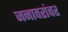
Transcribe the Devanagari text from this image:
जनावरांवर